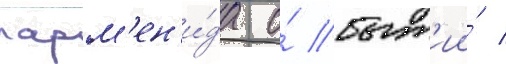
парм'ен'и́да о́ быт'ии́ /